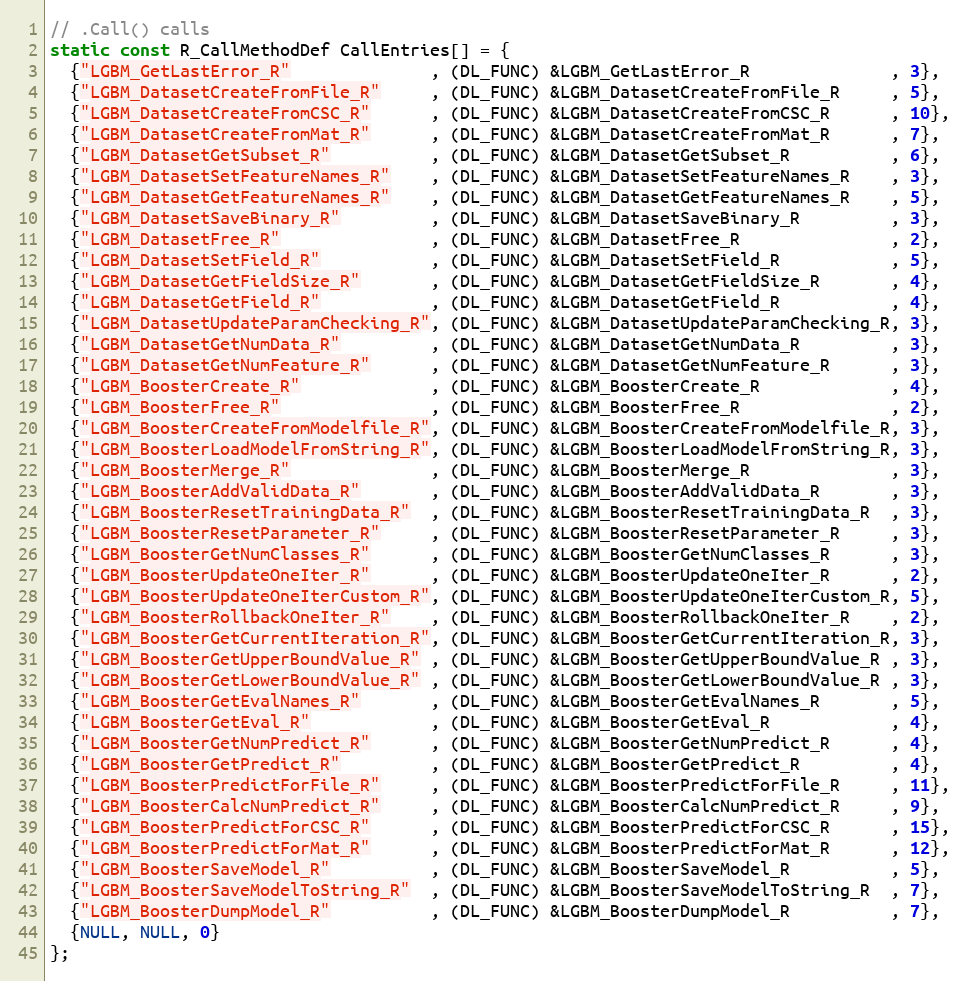
Language: C++
// .Call() calls
static const R_CallMethodDef CallEntries[] = {
  {"LGBM_GetLastError_R"              , (DL_FUNC) &LGBM_GetLastError_R              , 3},
  {"LGBM_DatasetCreateFromFile_R"     , (DL_FUNC) &LGBM_DatasetCreateFromFile_R     , 5},
  {"LGBM_DatasetCreateFromCSC_R"      , (DL_FUNC) &LGBM_DatasetCreateFromCSC_R      , 10},
  {"LGBM_DatasetCreateFromMat_R"      , (DL_FUNC) &LGBM_DatasetCreateFromMat_R      , 7},
  {"LGBM_DatasetGetSubset_R"          , (DL_FUNC) &LGBM_DatasetGetSubset_R          , 6},
  {"LGBM_DatasetSetFeatureNames_R"    , (DL_FUNC) &LGBM_DatasetSetFeatureNames_R    , 3},
  {"LGBM_DatasetGetFeatureNames_R"    , (DL_FUNC) &LGBM_DatasetGetFeatureNames_R    , 5},
  {"LGBM_DatasetSaveBinary_R"         , (DL_FUNC) &LGBM_DatasetSaveBinary_R         , 3},
  {"LGBM_DatasetFree_R"               , (DL_FUNC) &LGBM_DatasetFree_R               , 2},
  {"LGBM_DatasetSetField_R"           , (DL_FUNC) &LGBM_DatasetSetField_R           , 5},
  {"LGBM_DatasetGetFieldSize_R"       , (DL_FUNC) &LGBM_DatasetGetFieldSize_R       , 4},
  {"LGBM_DatasetGetField_R"           , (DL_FUNC) &LGBM_DatasetGetField_R           , 4},
  {"LGBM_DatasetUpdateParamChecking_R", (DL_FUNC) &LGBM_DatasetUpdateParamChecking_R, 3},
  {"LGBM_DatasetGetNumData_R"         , (DL_FUNC) &LGBM_DatasetGetNumData_R         , 3},
  {"LGBM_DatasetGetNumFeature_R"      , (DL_FUNC) &LGBM_DatasetGetNumFeature_R      , 3},
  {"LGBM_BoosterCreate_R"             , (DL_FUNC) &LGBM_BoosterCreate_R             , 4},
  {"LGBM_BoosterFree_R"               , (DL_FUNC) &LGBM_BoosterFree_R               , 2},
  {"LGBM_BoosterCreateFromModelfile_R", (DL_FUNC) &LGBM_BoosterCreateFromModelfile_R, 3},
  {"LGBM_BoosterLoadModelFromString_R", (DL_FUNC) &LGBM_BoosterLoadModelFromString_R, 3},
  {"LGBM_BoosterMerge_R"              , (DL_FUNC) &LGBM_BoosterMerge_R              , 3},
  {"LGBM_BoosterAddValidData_R"       , (DL_FUNC) &LGBM_BoosterAddValidData_R       , 3},
  {"LGBM_BoosterResetTrainingData_R"  , (DL_FUNC) &LGBM_BoosterResetTrainingData_R  , 3},
  {"LGBM_BoosterResetParameter_R"     , (DL_FUNC) &LGBM_BoosterResetParameter_R     , 3},
  {"LGBM_BoosterGetNumClasses_R"      , (DL_FUNC) &LGBM_BoosterGetNumClasses_R      , 3},
  {"LGBM_BoosterUpdateOneIter_R"      , (DL_FUNC) &LGBM_BoosterUpdateOneIter_R      , 2},
  {"LGBM_BoosterUpdateOneIterCustom_R", (DL_FUNC) &LGBM_BoosterUpdateOneIterCustom_R, 5},
  {"LGBM_BoosterRollbackOneIter_R"    , (DL_FUNC) &LGBM_BoosterRollbackOneIter_R    , 2},
  {"LGBM_BoosterGetCurrentIteration_R", (DL_FUNC) &LGBM_BoosterGetCurrentIteration_R, 3},
  {"LGBM_BoosterGetUpperBoundValue_R" , (DL_FUNC) &LGBM_BoosterGetUpperBoundValue_R , 3},
  {"LGBM_BoosterGetLowerBoundValue_R" , (DL_FUNC) &LGBM_BoosterGetLowerBoundValue_R , 3},
  {"LGBM_BoosterGetEvalNames_R"       , (DL_FUNC) &LGBM_BoosterGetEvalNames_R       , 5},
  {"LGBM_BoosterGetEval_R"            , (DL_FUNC) &LGBM_BoosterGetEval_R            , 4},
  {"LGBM_BoosterGetNumPredict_R"      , (DL_FUNC) &LGBM_BoosterGetNumPredict_R      , 4},
  {"LGBM_BoosterGetPredict_R"         , (DL_FUNC) &LGBM_BoosterGetPredict_R         , 4},
  {"LGBM_BoosterPredictForFile_R"     , (DL_FUNC) &LGBM_BoosterPredictForFile_R     , 11},
  {"LGBM_BoosterCalcNumPredict_R"     , (DL_FUNC) &LGBM_BoosterCalcNumPredict_R     , 9},
  {"LGBM_BoosterPredictForCSC_R"      , (DL_FUNC) &LGBM_BoosterPredictForCSC_R      , 15},
  {"LGBM_BoosterPredictForMat_R"      , (DL_FUNC) &LGBM_BoosterPredictForMat_R      , 12},
  {"LGBM_BoosterSaveModel_R"          , (DL_FUNC) &LGBM_BoosterSaveModel_R          , 5},
  {"LGBM_BoosterSaveModelToString_R"  , (DL_FUNC) &LGBM_BoosterSaveModelToString_R  , 7},
  {"LGBM_BoosterDumpModel_R"          , (DL_FUNC) &LGBM_BoosterDumpModel_R          , 7},
  {NULL, NULL, 0}
};